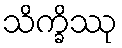
သိက္ခိဿု